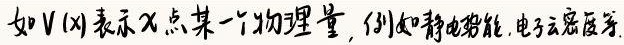
如\(V(x)\)表示\(x\)点某一个物理量，例如静电势能、电子云密度等。